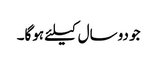
جو دوسال کیلئے ہوگا۔